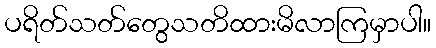
ပရိတ်သတ်တွေသတိထားမိလာကြမှာပါ။